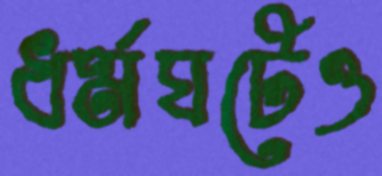
ধর্মঘটেও